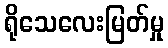
ရိုသေလေးမြတ်မှု